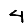
Digit: 4